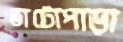
ভাটোপাড়া